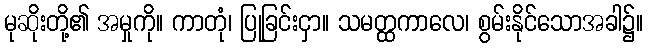
မုဆိုးတို့၏ အမှုကို။ ကာတုံ၊ ပြုခြင်းငှာ။ သမတ္ထကာလေ၊ စွမ်းနိုင်သောအခါ၌။